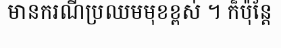
មានករណីប្រឈមមុខខ្ពស់ ។ ក៏ប៉ុន្តែ